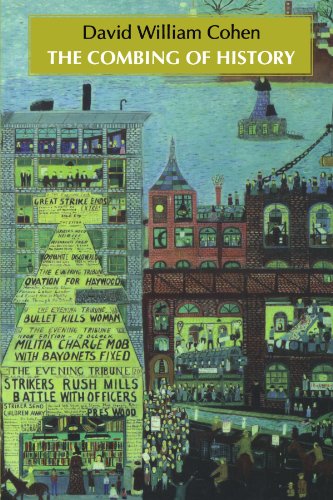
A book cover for The Combing of History; David William Cohen; History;